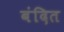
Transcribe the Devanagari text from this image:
बंदित